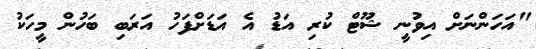
"އަހަންނަށް އިވުނީ ޝޫޓް ކުރި އަޑު އެ އަޑަށްފަހު އަރަބި ބަހުން މީހަކު